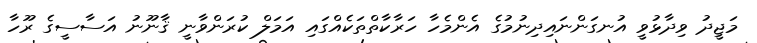
މަޖީދު ވިދާޅުވީ އުނގަންނައިދިނުމުގެ އެންމެހާ ހަރާކާތްތަކެއްގައި އަމަލް ކުރަންވާނީ ޤާނޫނު އަސާސީގެ ރޫހާ